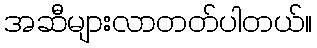
အဆီများလာတတ်ပါတယ်။